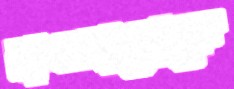
নাওলাগোকে